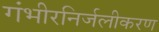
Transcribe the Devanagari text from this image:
गंभीरनिर्जलीकरण